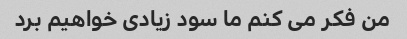
من فکر می کنم ما سود زیادی خواهیم برد